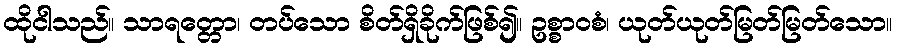
ထိုငါသည်။ သာရတ္တော၊ တပ်သော စိတ်ရှိခိုက်ဖြစ်၍။ ဥစ္စာဝစံ၊ ယုတ်ယုတ်မြတ်မြတ်သော။